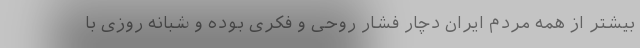
بیشتر از همه مردم ایران دچار فشار روحی و فکری بوده و شبانه روزی با